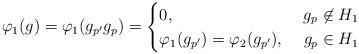
LaTeX: \begin{align*} \varphi_1(g)=\varphi_1(g_{p'} g_{p})= \begin{cases} 0, & \ g_{p} \not \in H_1\\ \varphi_1(g_{p'})=\varphi_2(g_{p'}), & \ g_{p} \in H_1 \end{cases} \end{align*}